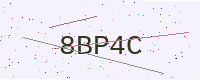
Text: 8BP4C